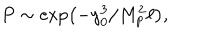
P \sim \exp \left( - y _ { 0 } ^ { 3 } / M _ { p } ^ { 2 } \ell \right) ,